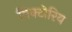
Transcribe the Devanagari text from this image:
विक्टोरिय